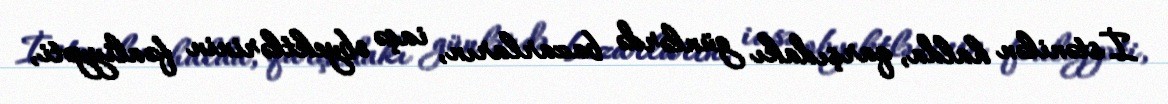
İstənilən halda, qarşıdakı günlərdə bazarların, iaşə obyektlərinin fəaliyyəti,